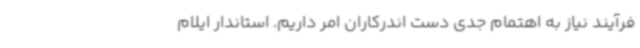
فرآیند نیاز به اهتمام جدی دست اندرکاران امر داریم. استاندار ایلام